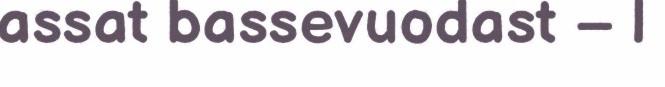
assat bassevuodast – |